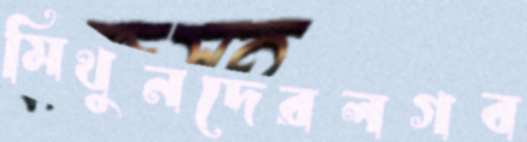
মিথুনদেরলগব